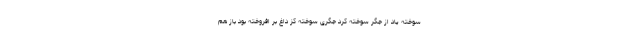
سوخته یاد از جگر سوخته کرد جگری سوخته کز داغ بر افروخته بود باز هم